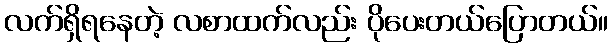
လက်ရှိရနေတဲ့ လစာထက်လည်း ပိုပေးတယ်ပြောတယ်။